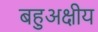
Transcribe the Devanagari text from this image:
बहुअक्षीय